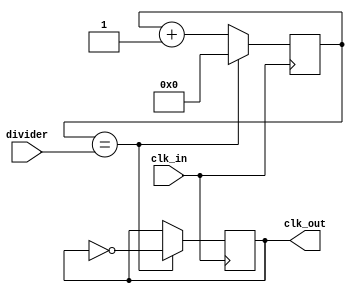
module fractional_clock_divider (
    input wire clk_in,         // Input clock signal
    input wire [7:0] divider,  // Fractional division ratio
    output reg clk_out         // Output divided clock signal
);

reg [7:0] count;

always @(posedge clk_in) begin
    if (count == divider) begin
        count <= 0;
        clk_out <= ~clk_out;
    end else begin
        count <= count + 1;
    end
end

endmodule